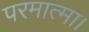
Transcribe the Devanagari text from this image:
परमात्मा।